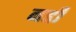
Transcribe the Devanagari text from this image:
नद्दी